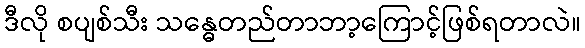
ဒီလို စပျစ်သီး သန္ဓေတည်တာဘာ့ကြောင့်ဖြစ်ရတာလဲ။